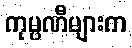
ကုမ္ပဏီများက